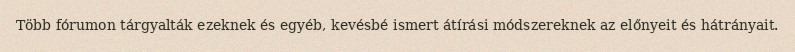
Több fórumon tárgyalták ezeknek és egyéb, kevésbé ismert átírási módszereknek az előnyeit és hátrányait.